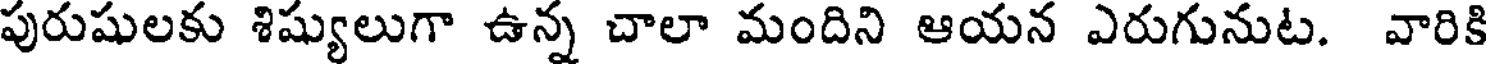
పురుషులకు శిష్యులుగా ఉన్న చాలా మందిని ఆయన ఎరుగునుట. వారికి